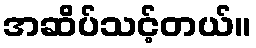
အဆိပ်သင့်တယ်။